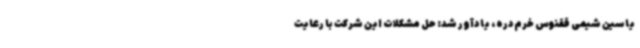
یاسین شیمی ققنوس خرم‌دره، یادآور شد: حل مشکلات این شرکت با رعایت